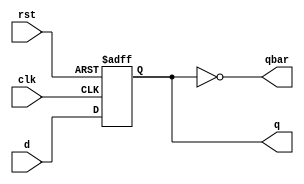
`timescale 1ns / 1ps

module dff(q,qbar,clk,rst,d);
	output reg q;
	output qbar;
	input clk, rst;
	input d;

	assign qbar = ~q;

	always @(posedge clk, posedge rst)
	begin
		if (rst)
			q <= 0;
		else
			q <= d;
	end
endmodule

module async_counter(count,countbar,clk,rst);
  input clk, rst;
  output [3:0] count, countbar;
    dff dff1(count[0],countbar[0],clk     ,rst,countbar[0]);
  dff dff2(count[1],countbar[1],count[0],rst,countbar[1]);
 dff dff3(count[2],countbar[2],count[1],rst,countbar[2]);
  dff dff4(count[3],countbar[3],count[2],rst,countbar[3]);
  
endmodule